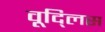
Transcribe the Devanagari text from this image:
वूद्लिस